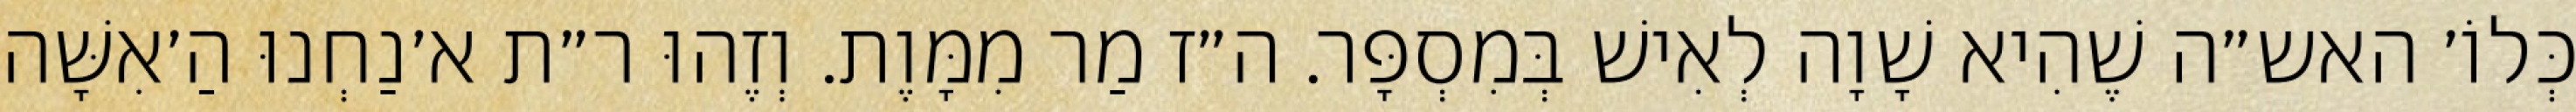
כְּלוֹ׳ האש״ה שֶׁהִיא שָׁוָה לְאִישׁ בְּמִסְפָּר. ה״ז מַר מִמָּוֶת. וְזֶהוּ ר״ת א׳נַחְנוּ הַ׳אִשָּׁה